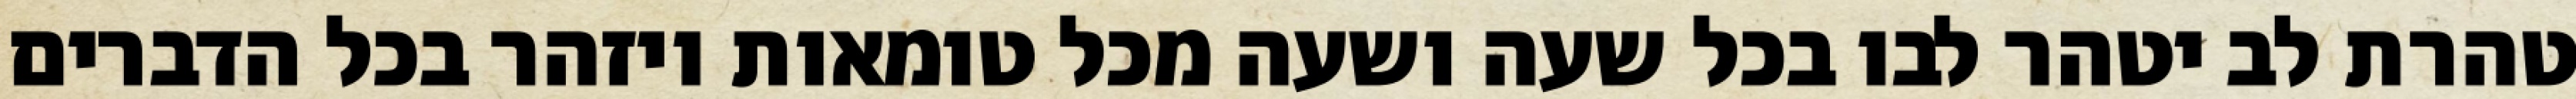
טהרת לב יטהר לבו בכל שעה ושעה מכל טומאות ויזהר בכל הדברים